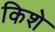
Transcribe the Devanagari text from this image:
किशे